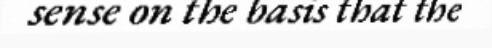
sense on the basis that the